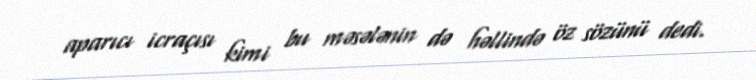
aparıcı icraçısı kimi bu məsələnin də həllində öz sözünü dedi.